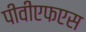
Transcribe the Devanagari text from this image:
पीवीएफएस